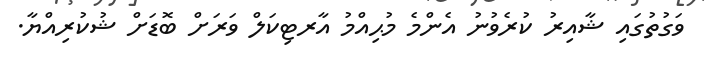
ވަގުތުގައި ޝާއިރު ކުރެވުނު އެންމެ މުޙިއްމު އާރޓިކަލް ވަރަށް ބޮޑަށް ޝުކުރިއްޔާ.